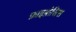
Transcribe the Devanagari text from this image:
फ़ाइब्रोसिस